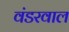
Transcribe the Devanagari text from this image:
वंडरवाल